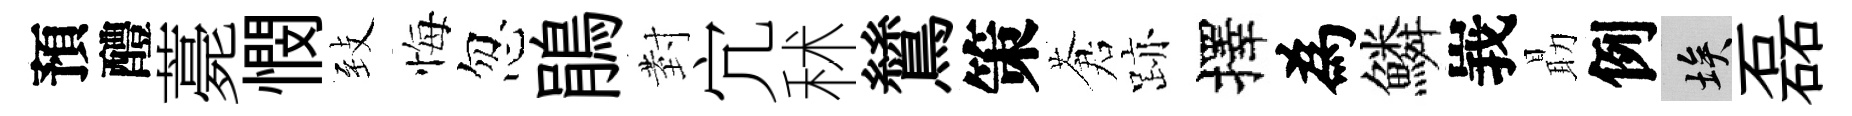
預醴薧憫𦤺悔忽鵑𭔹宂秫鷥策蒼跡擇為鱗峩朂例埃磊